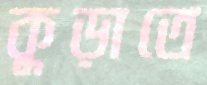
কুড়াতে